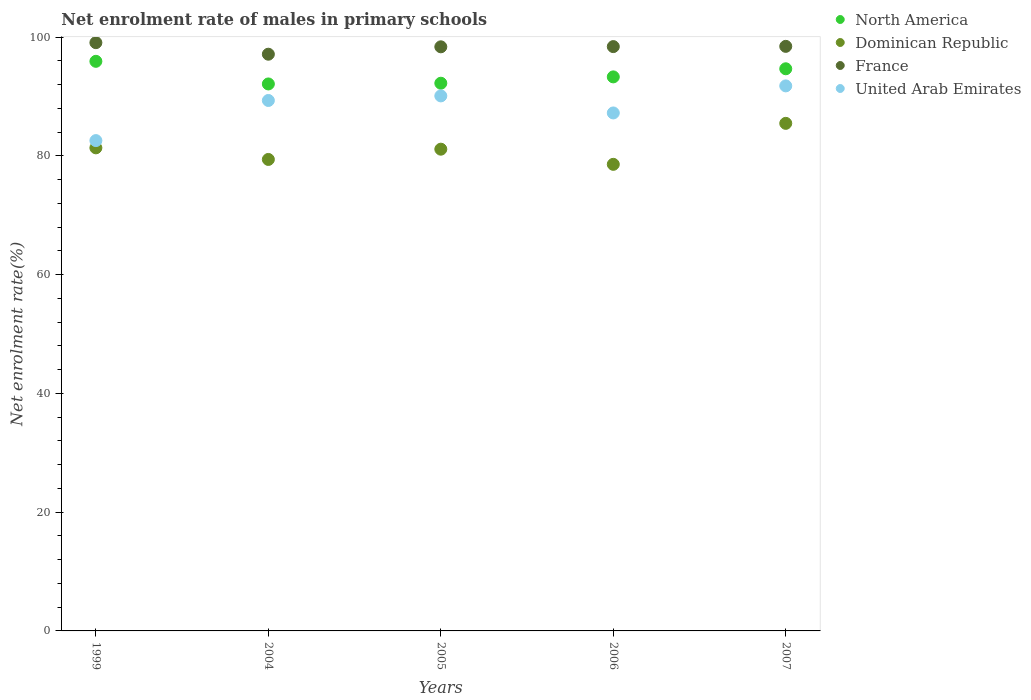
| Years | North America | Dominican Republic | France | United Arab Emirates |
 | --- | --- | --- | --- | --- |
 | 1999 | 95.9 | 81.4 | 99.1 | 82.6 |
 | 2004 | 92.1 | 79.4 | 97.1 | 89.3 |
 | 2005 | 92.3 | 81.1 | 98.4 | 90.1 |
 | 2006 | 93.3 | 78.6 | 98.4 | 87.2 |
 | 2007 | 94.7 | 85.5 | 98.5 | 91.8 |